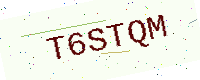
Text: T6STQM